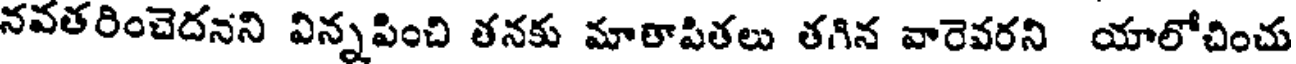
నవతరించెదనని విన్నపించి తనకు మాఠాపితలు తగిన వారెవరని యాలోచించు